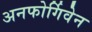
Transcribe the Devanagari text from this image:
अनफोर्गिवेन